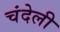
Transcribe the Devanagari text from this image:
चंदेली